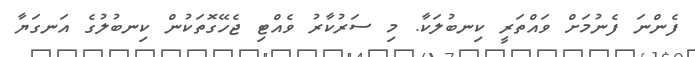
ފެންނަ ފެނުމަށް ވައްތަރީ ކިނބުލަކާ. މި ސަރުކާރު ވެއްޓި ޖެހޭގޮތަކުން ކިނބުލުގެ އަނގަޔާ